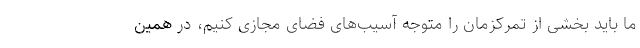
ما باید بخشی از تمرکزمان را متوجه آسیب‌های فضای مجازی کنیم، در همین